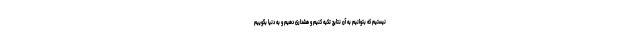
نیستیم که بتوانیم به آن نتایج تکیه کنیم و هشداری دهیم و به دنیا بگوییم